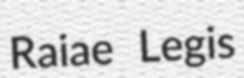
Raiae Legis